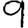
Digit: 9